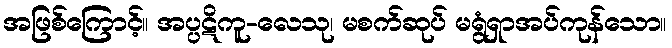
အဖြစ်ကြောင့်။ အပ္ပဋိကူ-လေသု၊ မစက်ဆုပ် မရွံရှာအပ်ကုန်သော။